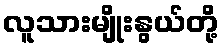
လူသားမျိုးနွယ်တို့